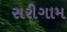
સરીગામ